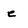
Character: e